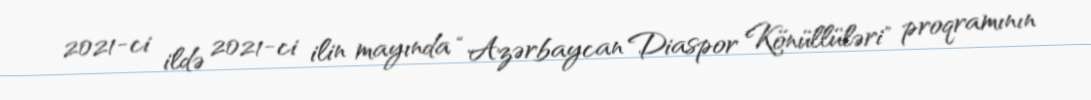
2021-ci ildə 2021-ci ilin mayında “Azərbaycan Diaspor Könüllüləri" proqramının